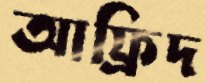
আফ্রিদ